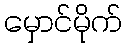
မှောင်မိုက်